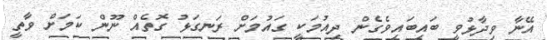
އޭނާ ވިދާޅުވީ ބައިބައިވެގެން ދިއުމަކީ ގައުމަށް ރަނގަޅު ގޮތެއް ނޫން ކަމަށް ވާތީ